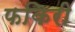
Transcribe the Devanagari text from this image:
फकिरी